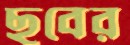
ছবের